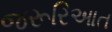
જરૂરિઆત